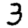
Digit: 3